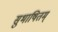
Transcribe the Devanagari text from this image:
सुभाषितम्